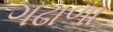
ગઢાળા